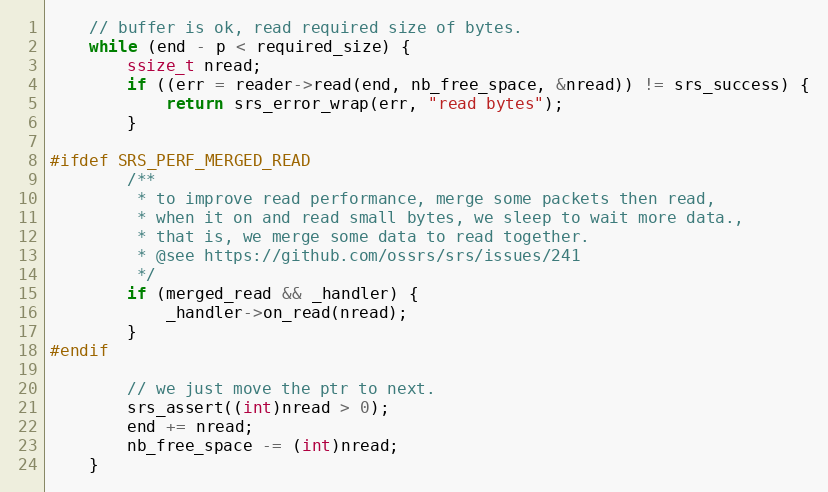
Language: C++
    // buffer is ok, read required size of bytes.
    while (end - p < required_size) {
        ssize_t nread;
        if ((err = reader->read(end, nb_free_space, &nread)) != srs_success) {
            return srs_error_wrap(err, "read bytes");
        }

#ifdef SRS_PERF_MERGED_READ
        /**
         * to improve read performance, merge some packets then read,
         * when it on and read small bytes, we sleep to wait more data.,
         * that is, we merge some data to read together.
         * @see https://github.com/ossrs/srs/issues/241
         */
        if (merged_read && _handler) {
            _handler->on_read(nread);
        }
#endif

        // we just move the ptr to next.
        srs_assert((int)nread > 0);
        end += nread;
        nb_free_space -= (int)nread;
    }